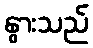
နွားသည်